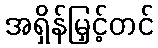
အရှိန်မြှင့်တင်